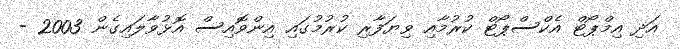
އަދި އިމްޕޯޓް އެކްސްޕޯޓް ކުރުމާއި ވިޔަފާރި ކުރުމުގައި އިންވޮއިސް އޮޅުވާލައިގެން 2003 -